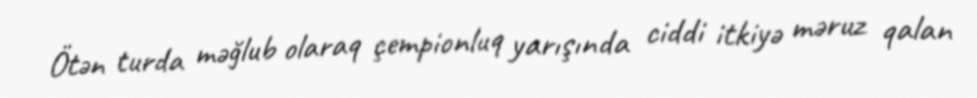
Ötən turda məğlub olaraq çempionluq yarışında ciddi itkiyə məruz qalan